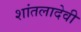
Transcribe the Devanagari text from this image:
शांतलादेवी